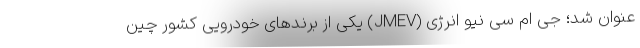
عنوان شد؛ جِی ام سی نیو انرژی (JMEV) یکی از برندهای خودرویی کشور چین